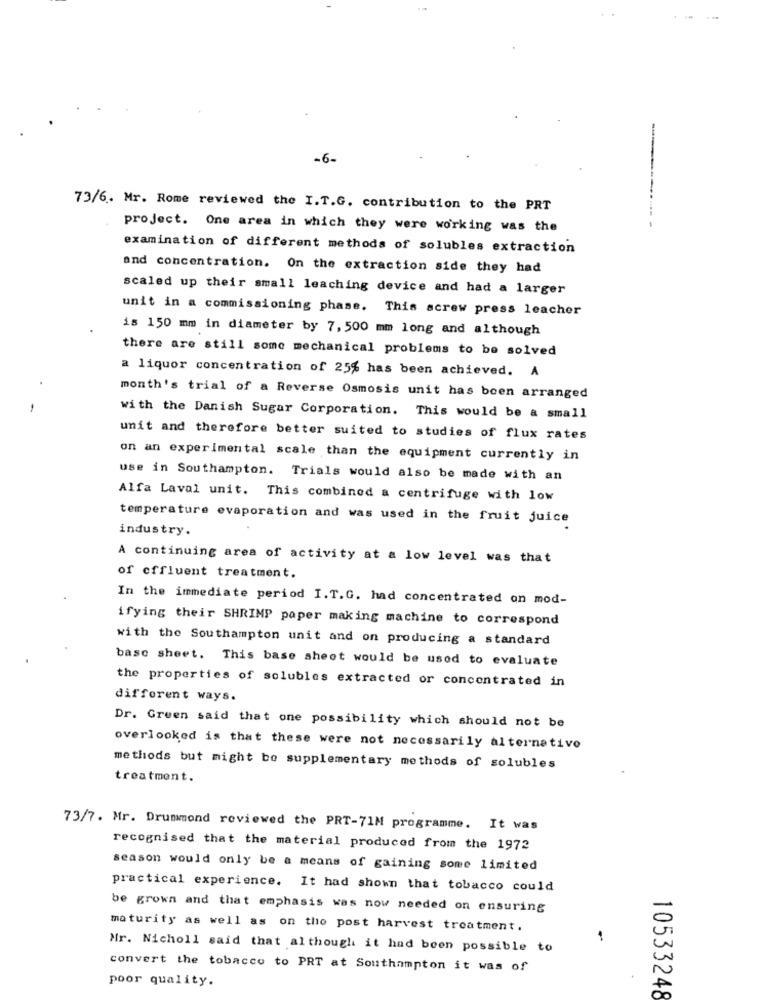
-6-
73/6. Mr. Rome reviewed the I.T.G. contribution to the PRT
project. One area in which they were working was the
examination of different methods of solubles extraction
and concentration. On the extraction side they had
scaled up their small leaching device and had a larger
unit in a commissioning phase. This acrew press leacher
is 150 mm in diameter by 7, 500 mm long and although
there are still some mechanical problems to be solved
a liquor concentration of 25% has been achieved. A
month's trial of a Reverse Osmosis unit has been arranged
-
with the Danish Sugar Corporation. This would be a small
unit and therefore better suited to studies of flux rates
on an experimental scale than the equipment currently in
use in Southampton. Trials would also be made with an
Alfa Laval unit. This combined a centrifuge with low
temperature evaporation and was used in the fruit juice
industry.
A continuing area of activity at a low level was that
of cffluent treatment.
In the immediate period I.T.G. had concentrated on mod-
ifying their SHRIMP paper making machine to correspond
with the Southampton unit and on producing a standard
basc sheet. This base sheet would be used to evaluate
the properties of solubles extracted or concentrated in
different ways.
Dr. Green said that one possibility which should not be
overlooked is that these were not necessarily alternativo
methods but might be supplementary methods of solubles
treatment.
73/7. Mr. Drummond reviewed the PRT-71M programme. It was
recognised that the material produced from the 1972
season would only be a means of gaining some limited
practical experience. It had shown that tobacco could
be grown and that emphasis was now needed on ensuring
maturity as well as on the post harvest treatment.
-
Mr. Nicholl said that although it had been possible to
convert the tobacco to PRT at Southampton it was of
poor quality.
10533248